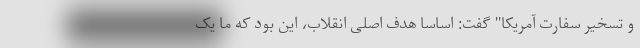
و تسخیر سفارت آمریکا" گفت: اساساً هدف اصلی انقلاب، این بود که ما یک